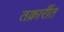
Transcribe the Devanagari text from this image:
तक्रारींत